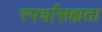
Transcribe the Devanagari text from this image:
स्पर्शासह्यता